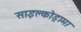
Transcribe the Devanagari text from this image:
साइक्लोड्रामा